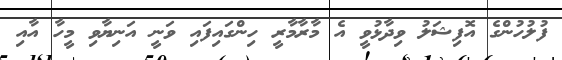
ފުލުހުންގެ އޮފިޝަލު ވިދާޅުވީ އެ މާރާމާރީ ހިންގައިފައި ވަނީ އަނިޔާވި މީހާ އާއި